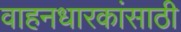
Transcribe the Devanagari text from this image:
वाहनधारकांसाठी